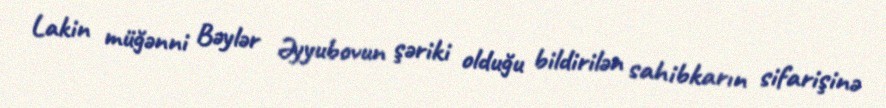
Lakin müğənni Bəylər Əyyubovun şəriki olduğu bildirilən sahibkarın sifarişinə